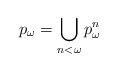
\begin{align*}p_\omega = \bigcup_{n<\omega} p^n_\omega\end{align*}